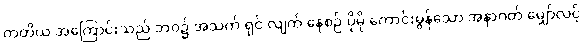
တတိယ အကြောင်းသည် ဘဝ၌ အသက် ရှင် လျက် နေစဉ် ပိုမို ကောင်းမွန်သော အနာဂတ် မျှော်လင့်